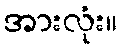
အားလုံး။